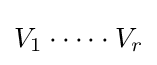
V_{1}\cdot \cdots \cdot V_{r}